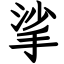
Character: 挲